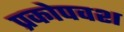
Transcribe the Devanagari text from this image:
प्रकोपवश